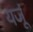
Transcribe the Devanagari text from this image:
यजूं